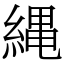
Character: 縄